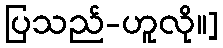
ပြသည်-ဟူလို။]